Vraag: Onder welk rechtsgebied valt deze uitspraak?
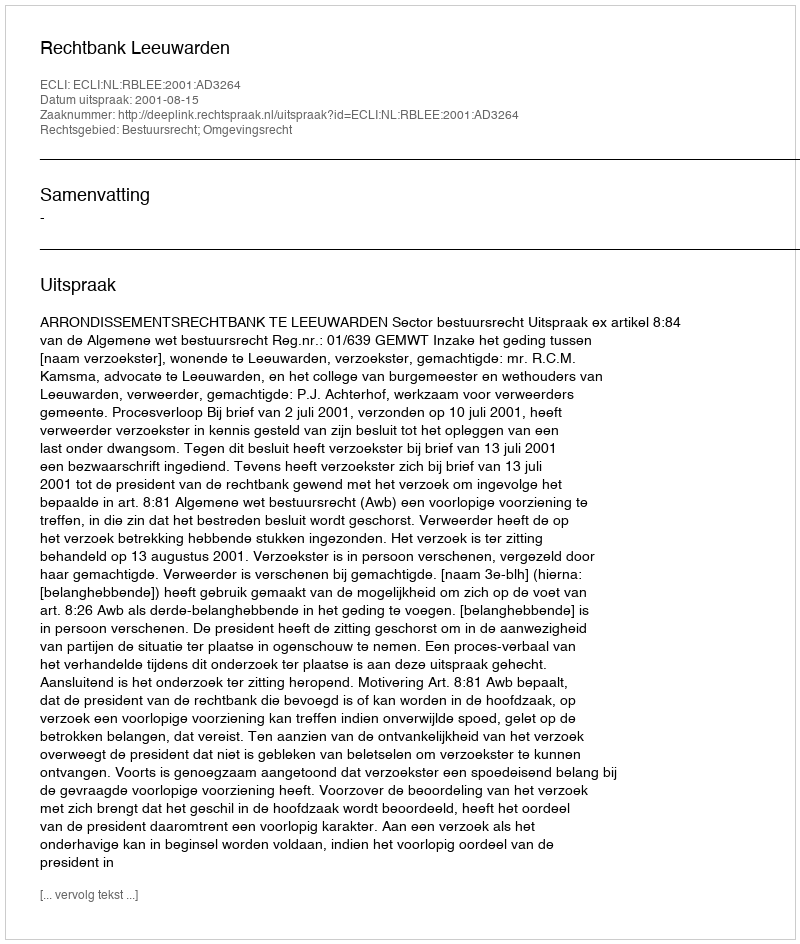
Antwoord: Bestuursrecht; Omgevingsrecht